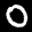
Label: 0